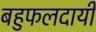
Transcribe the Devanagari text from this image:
बहुफलदायी